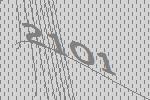
2101